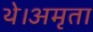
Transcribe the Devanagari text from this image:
थे।अमृता